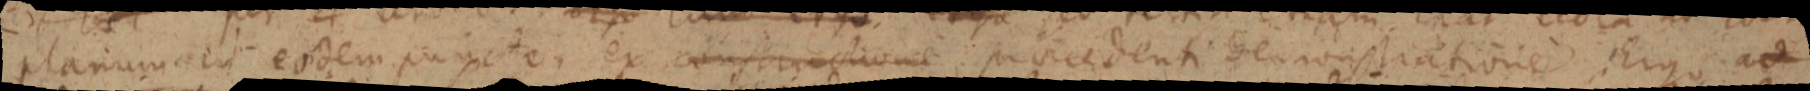
planum ut eodem puncte ex constructione praecedenti demonstratione Ergo ad